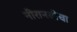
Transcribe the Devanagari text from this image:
नीरानदीचा